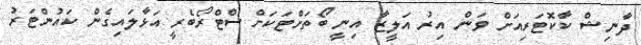
ދާނިޝް ކާކޮޓަރިއަށް ވަން އިރު އަލީޒާ އިނީ ބޯތަށްޓަކަށް ސްޓްރޯބެރީ އަޅާލައިގެން ކައުންޓަރު